Indian journal of veterinary science and animal husbandry - Volume 11,
Year: 1941
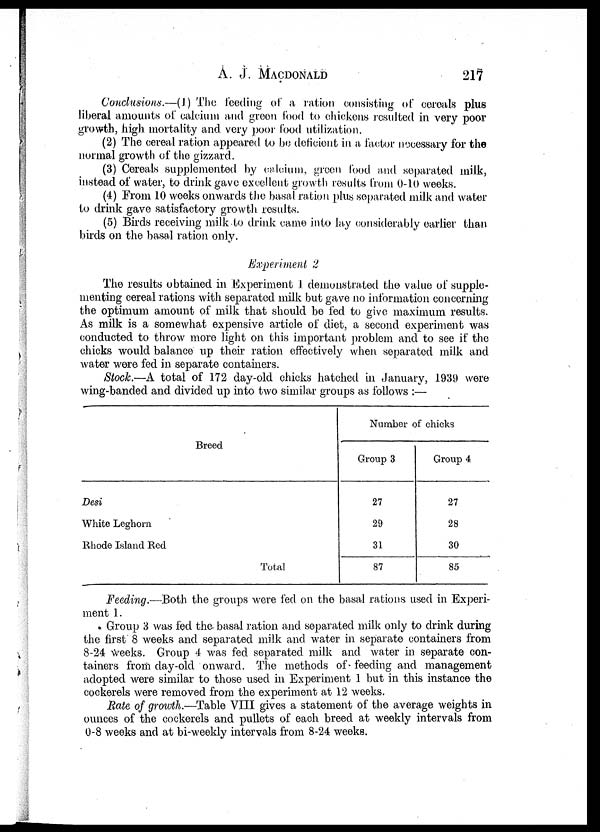
A. J. MACDONALD 217
Conclusions.—(1) The feeding of a ration consisting of cereals plus
liberal amounts of calcium and green food to chickens resulted in very poor
growth, high mortality and very poor food utilization.
(2) The cereal ration appeared to be deficient in a factor necessary for the
normal growth of the gizzard.
(3) Cereals supplemented by calcium, green food and separated milk,
instead of water, to drink gave excellent growth results from 0-10 weeks.
(4) From 10 weeks onwards the basal ration plus separated milk and water
to drink gave satisfactory growth results.
(5) Birds receiving milk to drink came into lay considerably earlier than
birds on the basal ration only.
Experiment 2
The results obtained in Experiment 1 demonstrated the value of supple-
menting cereal rations with separated milk but gave no information concerning
the optimum amount of milk that should be fed to give maximum results.
As milk is a somewhat expensive article of diet, a second experiment was
conducted to throw more light on this important problem and to see if the
chicks would balance up their ration effectively when separated milk and
water were fed in separate containers.
Stock.—A total of 172 day-old chicks hatched in January, 1939 were
wing-banded and divided up into two similar groups as follows :—
Breed
Desi
White Leghorn
Rhode Island Red
Total
Number of chicks
Group 3
27
29
31
87
Group 4
27
28
30
85
Feeding.—Both the groups were fed on the basal rations used in Experi-
ment 1.
Group 3 was fed the- basal ration and separated milk only to drink during
the first 8 weeks and separated milk and water in separate containers from
8-24 weeks. Group 4 was fed separated milk and water in separate con-
tainers from day-old onward. The methods of feeding and management
adopted were similar to those used in Experiment 1 but in this instance the
cockerels were removed from the experiment at 12 weeks.
Rate of growth.—Table VIII gives a statement of the average weights in
ounces of the cockerels and pullets of each breed at weekly intervals from
0-8 weeks and at bi-weekly intervals from 8-24 weeks.